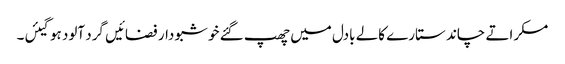
مسکراتے چاند ستارے کالے بادل میں چھپ گئے خو شبو دار فضائیں گرد آلود ہوگیئں۔